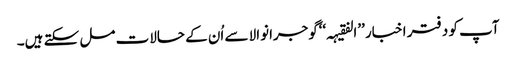
آپ کو دفتر اخبار ’’الفقیہہ‘‘گوجرانوالا سے اُن کے حالات مل سکتے ہیں۔